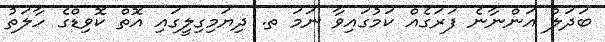
ބަދަލު އަންނާނެ ފަރަގެއް ކަމުގައިވާ ނަމަ ތ. ދިޔަމިގިލީގައި އޮތް ކޮވިޑްގެ ހާލަތު